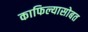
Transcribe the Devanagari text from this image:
काफिल्यासोबत